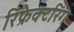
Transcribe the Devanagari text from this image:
रिफ्रैक्टरिंग